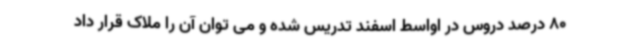
80 درصد دروس در اواسط اسفند تدریس شده و می توان آن را ملاک قرار داد